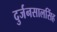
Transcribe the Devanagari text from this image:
दुर्जनसालसिंह